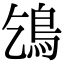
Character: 𩾥